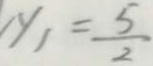
\vert y \vert = \frac { 5 } { 2 }